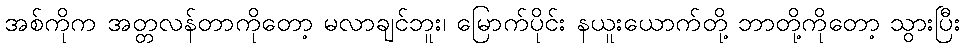
အစ်ကိုက အတ္တလန်တာကိုတော့ မလာချင်ဘူး၊ မြောက်ပိုင်း နယူးယောက်တို့ ဘာတို့ကိုတော့ သွားပြီး